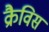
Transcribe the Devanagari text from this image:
क्रैविस